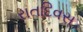
રાતદિવસ